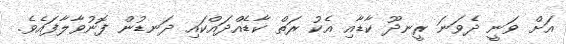
އަށް ވަނީ ދެވަނަ ރީނދޫ ކާޑާއި އެކު ރަތް ކާޑެއްދައްކައި ދަނޑުން ފޮނުވާލާފައެވެ.